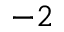
- 2